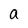
Character: a